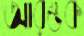
আরম্ভক